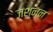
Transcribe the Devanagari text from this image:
जश्न्न